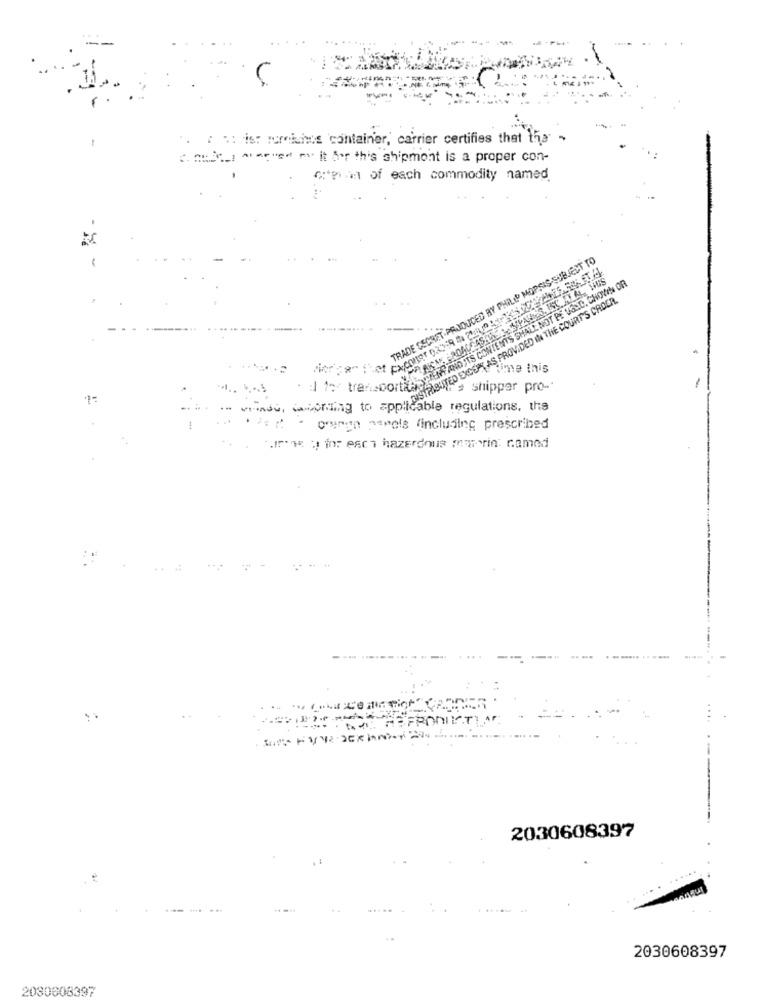
". ( .: is: mumnichts container, carrier certifies that the -
C. nic. A me"se ms. it for this shipmont is a proper con-
ci of each commodity named
TRADE SECRET PRODUCED BY PHILLD MOPSIS-SUBJECT TO
-
the transports ANDITS CONTENTS SHALL NOT BE URLO, CHORA OD
visiting to ADASTRABUTED EXCEPT AS PROVIDED IN THE COURT'S CROCE
ime this
Are shipper pro-
"Icable regulations, the
orengo panels (including prescribed
FRONTISTI
2030608397
2030608397
2030608397